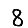
Digit: 8